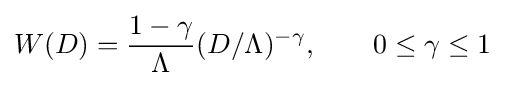
W(D)={\frac {1-\gamma }{\Lambda }}(D/\Lambda )^{-\gamma },\qquad 0\leq \gamma \leq 1